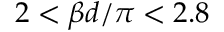
2 < \beta d / \pi < 2 . 8